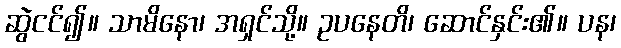
ဆွဲငင်၍။ သာမိနော၊ အရှင်သို့။ ဥပနေတိ၊ ဆောင်နှင်း၏။ ပန၊